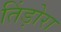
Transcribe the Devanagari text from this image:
तिंड़ोरा